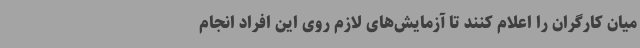
میان کارگران را اعلام کنند تا آزمایش‌های لازم روی این افراد انجام